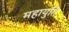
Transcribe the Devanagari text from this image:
महायुति